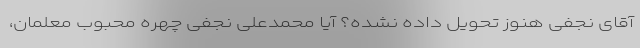
آقای نجفی هنوز تحویل داده نشده؟ آیا محمدعلی نجفی چهره محبوب معلمان،